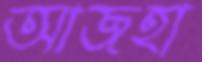
আজহা